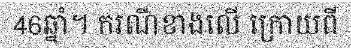
46ឆ្នាំ។ ករណីខាងលើ ក្រោយពី